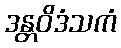
ဒန္တဝိဒံသကံ